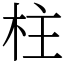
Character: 柱